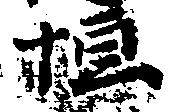
恒